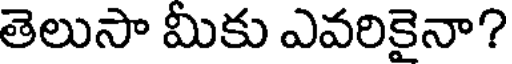
తెలుసా మీకు ఎవరికైనా?